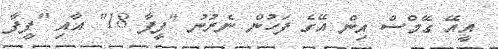
އީއޭ ގޭމްސް އިން އޭގެ ފަހުން ނެރުނު "ފީފާ 18" އާއި "ފީފާ